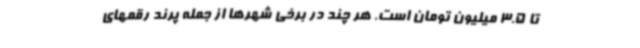
تا 3.5 میلیون تومان است. هر چند در برخی شهرها از جمله پرند رقمهای